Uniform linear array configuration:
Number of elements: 4
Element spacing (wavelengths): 0.75
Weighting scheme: hamming
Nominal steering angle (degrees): -15
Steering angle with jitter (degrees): -15.482
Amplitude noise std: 0.05
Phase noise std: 0.05

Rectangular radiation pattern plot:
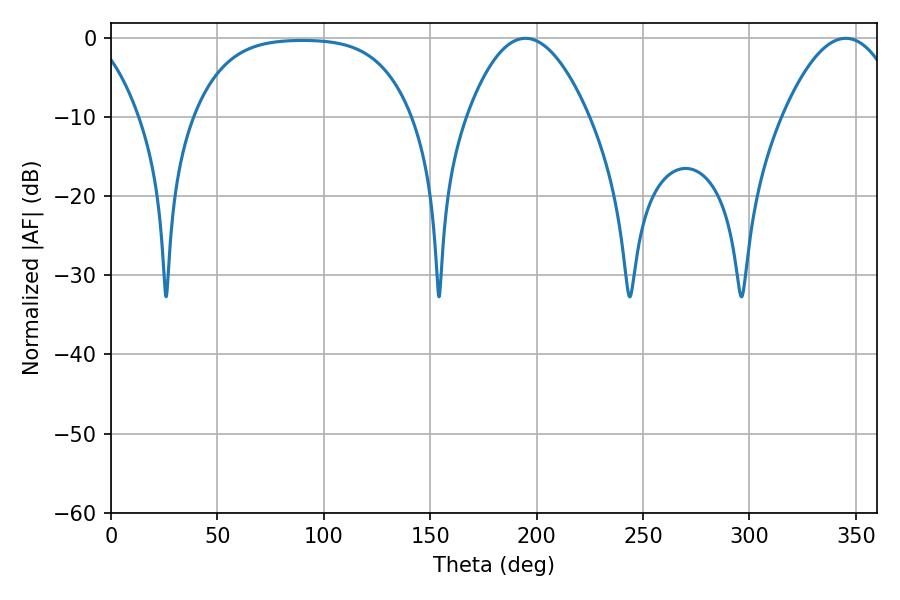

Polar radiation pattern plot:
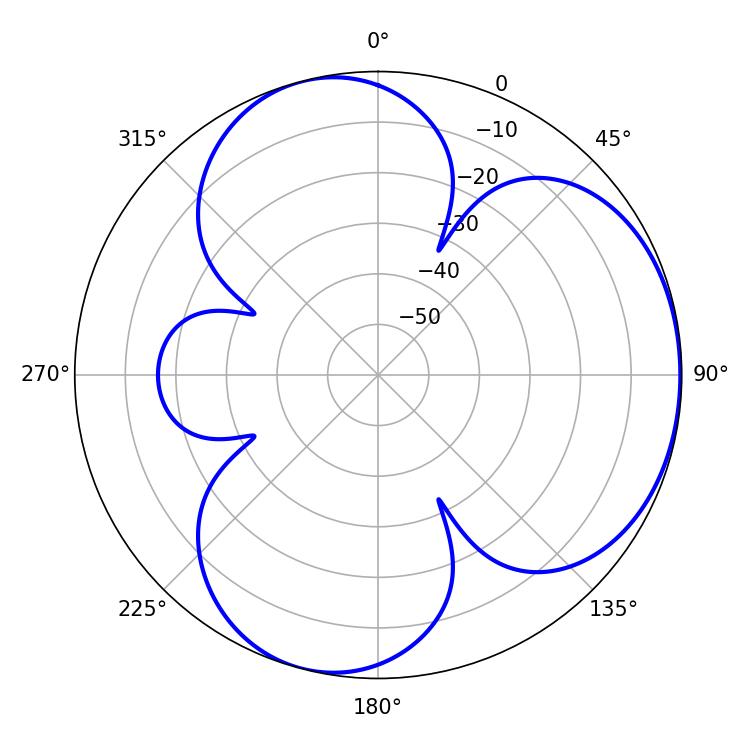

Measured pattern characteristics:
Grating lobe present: TRUE
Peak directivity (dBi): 4.273
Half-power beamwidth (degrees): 31.32
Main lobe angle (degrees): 194.76